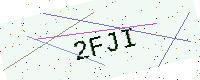
Text: 2FJI